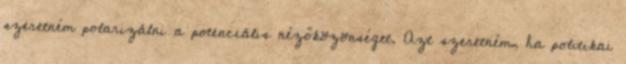
szeretném polarizálni a potenciális nézőközönséget. Azt szeretném, ha politikai